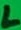
Text: L